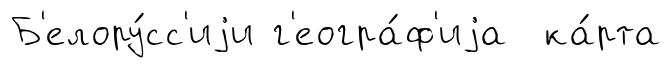
Б'елору́сс'иjи г'еогра́ф'иjа ка́рта